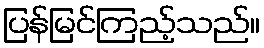
ပြန်မြင်ကြည့်သည်။